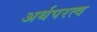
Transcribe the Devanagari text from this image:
अर्थपरत्व